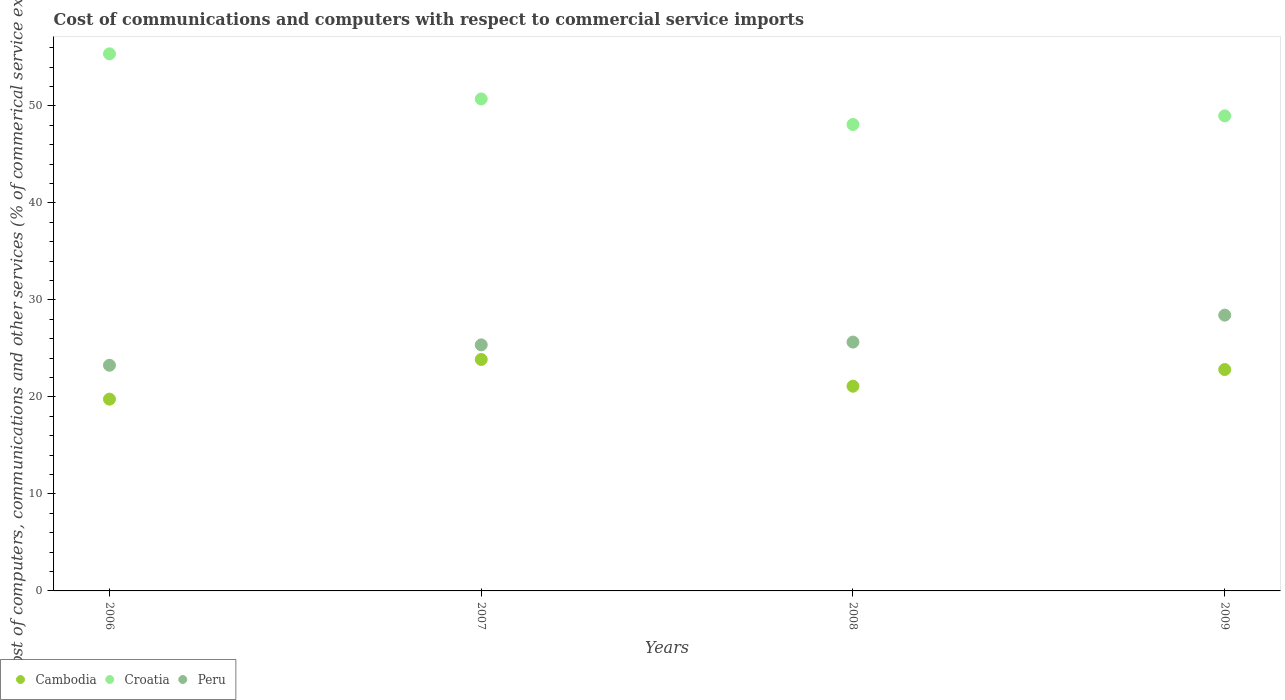
| Years | Cambodia | Croatia | Peru |
 | --- | --- | --- | --- |
 | 2006 | 19.8 | 55.4 | 23.3 |
 | 2007 | 23.9 | 50.7 | 25.4 |
 | 2008 | 21.1 | 48.1 | 25.7 |
 | 2009 | 22.8 | 49 | 28.4 |